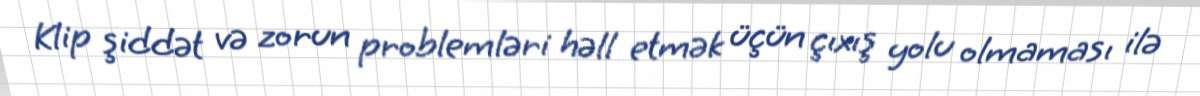
Klip şiddət və zorun problemləri həll etmək üçün çıxış yolu olmaması ilə